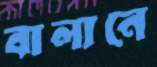
বালানে